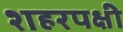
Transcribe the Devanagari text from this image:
शहरपक्षी